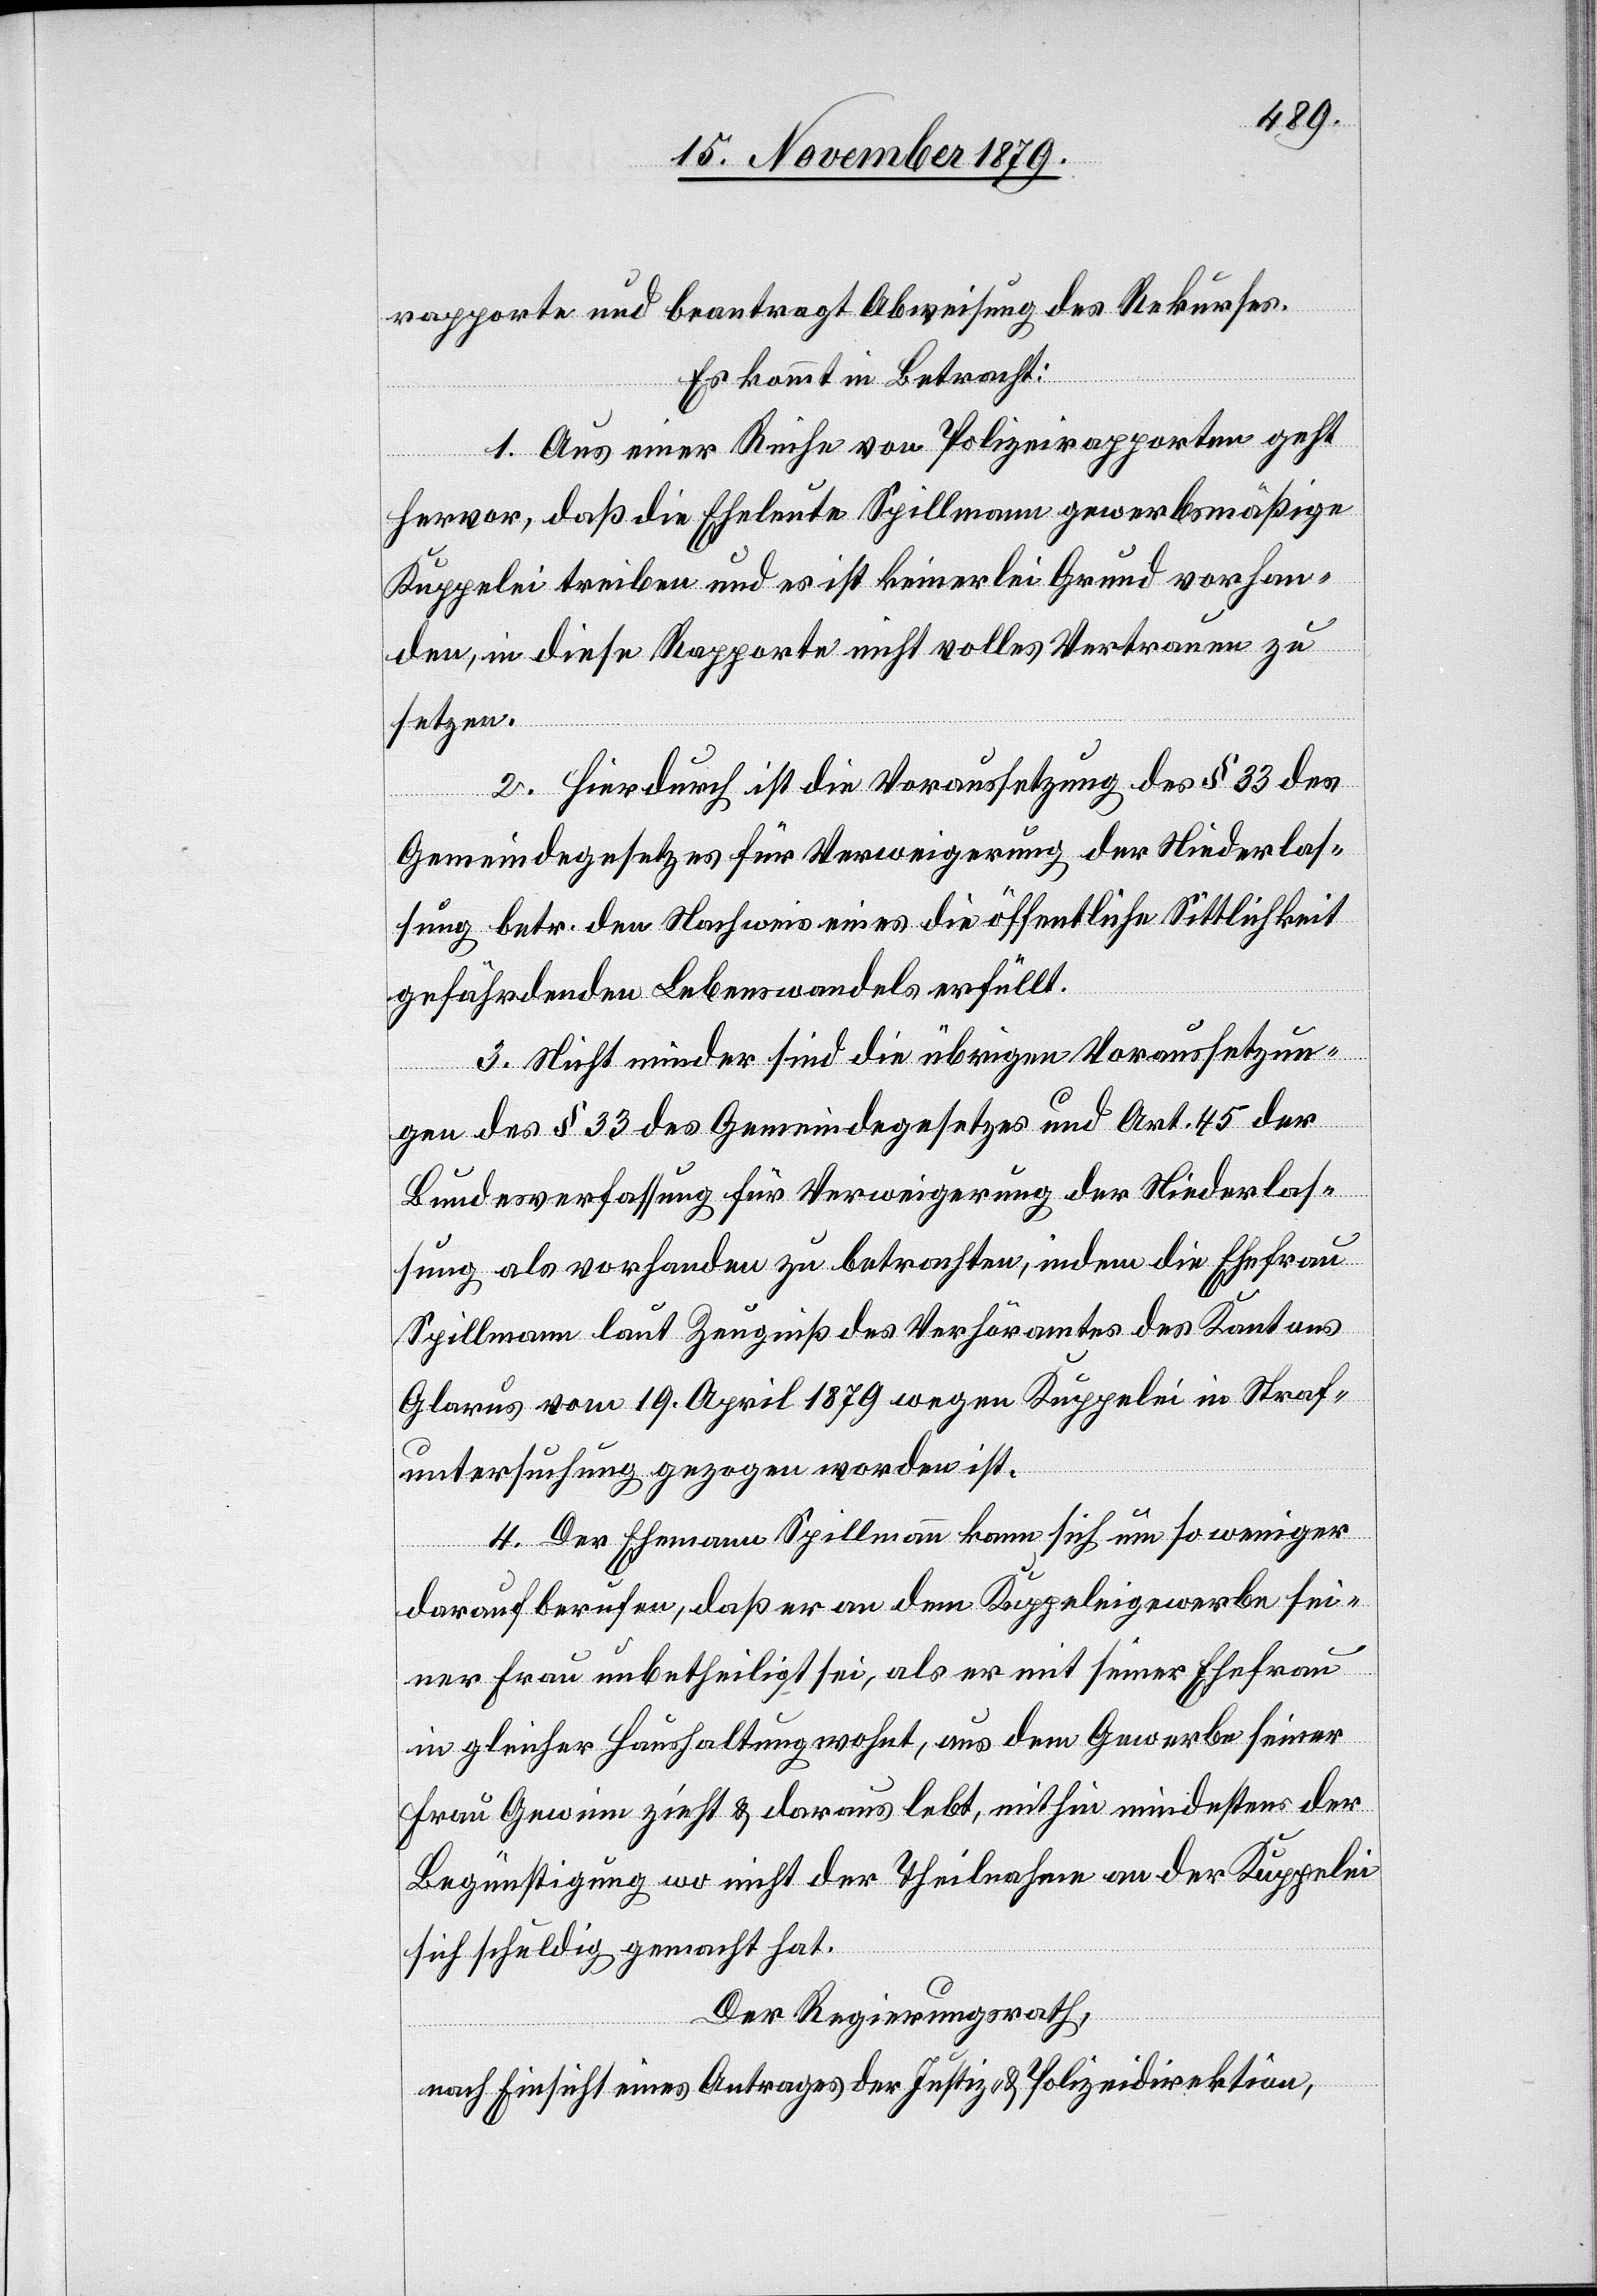
rapporte und beantragt Abweisung des Rekurses.
Es kommt in Betracht:
1. Aus einer Reihe von Polizeirapporten geht
hervor, daß die Eheleute Spillmann gewerbsmäßige
Kuppelei treiben und es ist keinerlei Grund vorhan¬
den, in diese Rapporte nicht volles Vertrauen zu
setzen.
2. Hierdurch ist die Voraussetzung des § 33 des
Gemeindegesetzes für Verweigerung der Niederlas¬
sung betr. den Nachweis eines die öffentliche Sittlichkeit
gefährdenden Lebenswandels erfüllt.
3. Nicht minder sind die übrigen Voraussetzun¬
gen des § 33 des Gemeindegesetzes und Art. 45 der
Bundesverfassung für Verweigerung der Niederlas¬
sung als vorhanden zu betrachten, indem die Ehefrau
Spillmann laut Zeugniß des Verhöramtes des Kantons
Glarus am 19. April 1879 wegen Kuppelei in Straf¬
untersuchung gezogen worden ist.
4. Der Ehemann Spillmann kann sich um so weniger
darauf berufen, daß er an dem Kuppeleigewerbe sei¬
ner Frau unbetheiligt sei, als er mit seiner Ehefrau
in gleicher Haushaltung wohnt, aus dem Gewerbe seiner
Frau Gewinn zieht & daraus lebt, mithin mindestens der
Begünstigung wo nicht der Theilnahme an der Kuppelei
sich schuldig gemacht hat.
Der Regierungsrath,
nach Einsicht eines Antrages der Justiz- & Polizeidirektion,